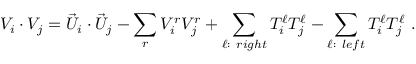
V _ { i } \cdot V _ { j } = { \vec { U } } _ { i } \cdot { \vec { U } } _ { j } - \sum _ { r } V _ { i } ^ { r } V _ { j } ^ { r } + \sum _ { \ell : ~ r i g h t } T _ { i } ^ { \ell } T _ { j } ^ { \ell } - \sum _ { \ell : ~ l e f t } T _ { i } ^ { \ell } T _ { j } ^ { \ell } ~ .